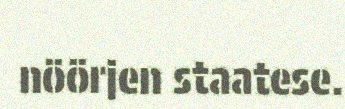
nöörjen staatese.